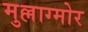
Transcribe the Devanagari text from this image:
मुल्लाग्मोर